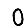
Digit: 0